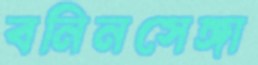
বনিনসেঙ্গা